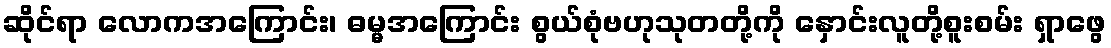
ဆိုင်ရာ လောကအကြောင်း၊ ဓမ္မအကြောင်း စွယ်စုံဗဟုသုတတို့ကို နှောင်းလူတို့စူးစမ်း ရှာဖွေ